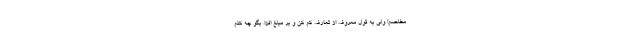
مخلصم! ولی به قول معروف از تعارف کم کن و بر مبلغ افزا. بگو چه کنم